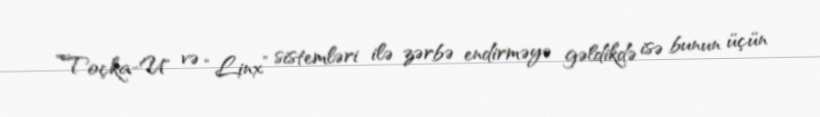
”Toçka-U" və “Linx” sistemləri ilə zərbə endirməyə gəldikdə isə bunun üçün